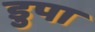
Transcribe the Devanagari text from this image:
डुपा